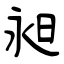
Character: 昶